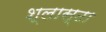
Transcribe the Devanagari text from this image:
श्लास्टा